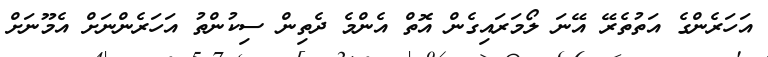
އަހަރެންގެ އަތުތެރޭ އޭނަ ލޯމަރައިގެން އޮތް އެންމެ ދެތިން ސިކުންތު އަހަރެންނަށް އެމޫނަށް